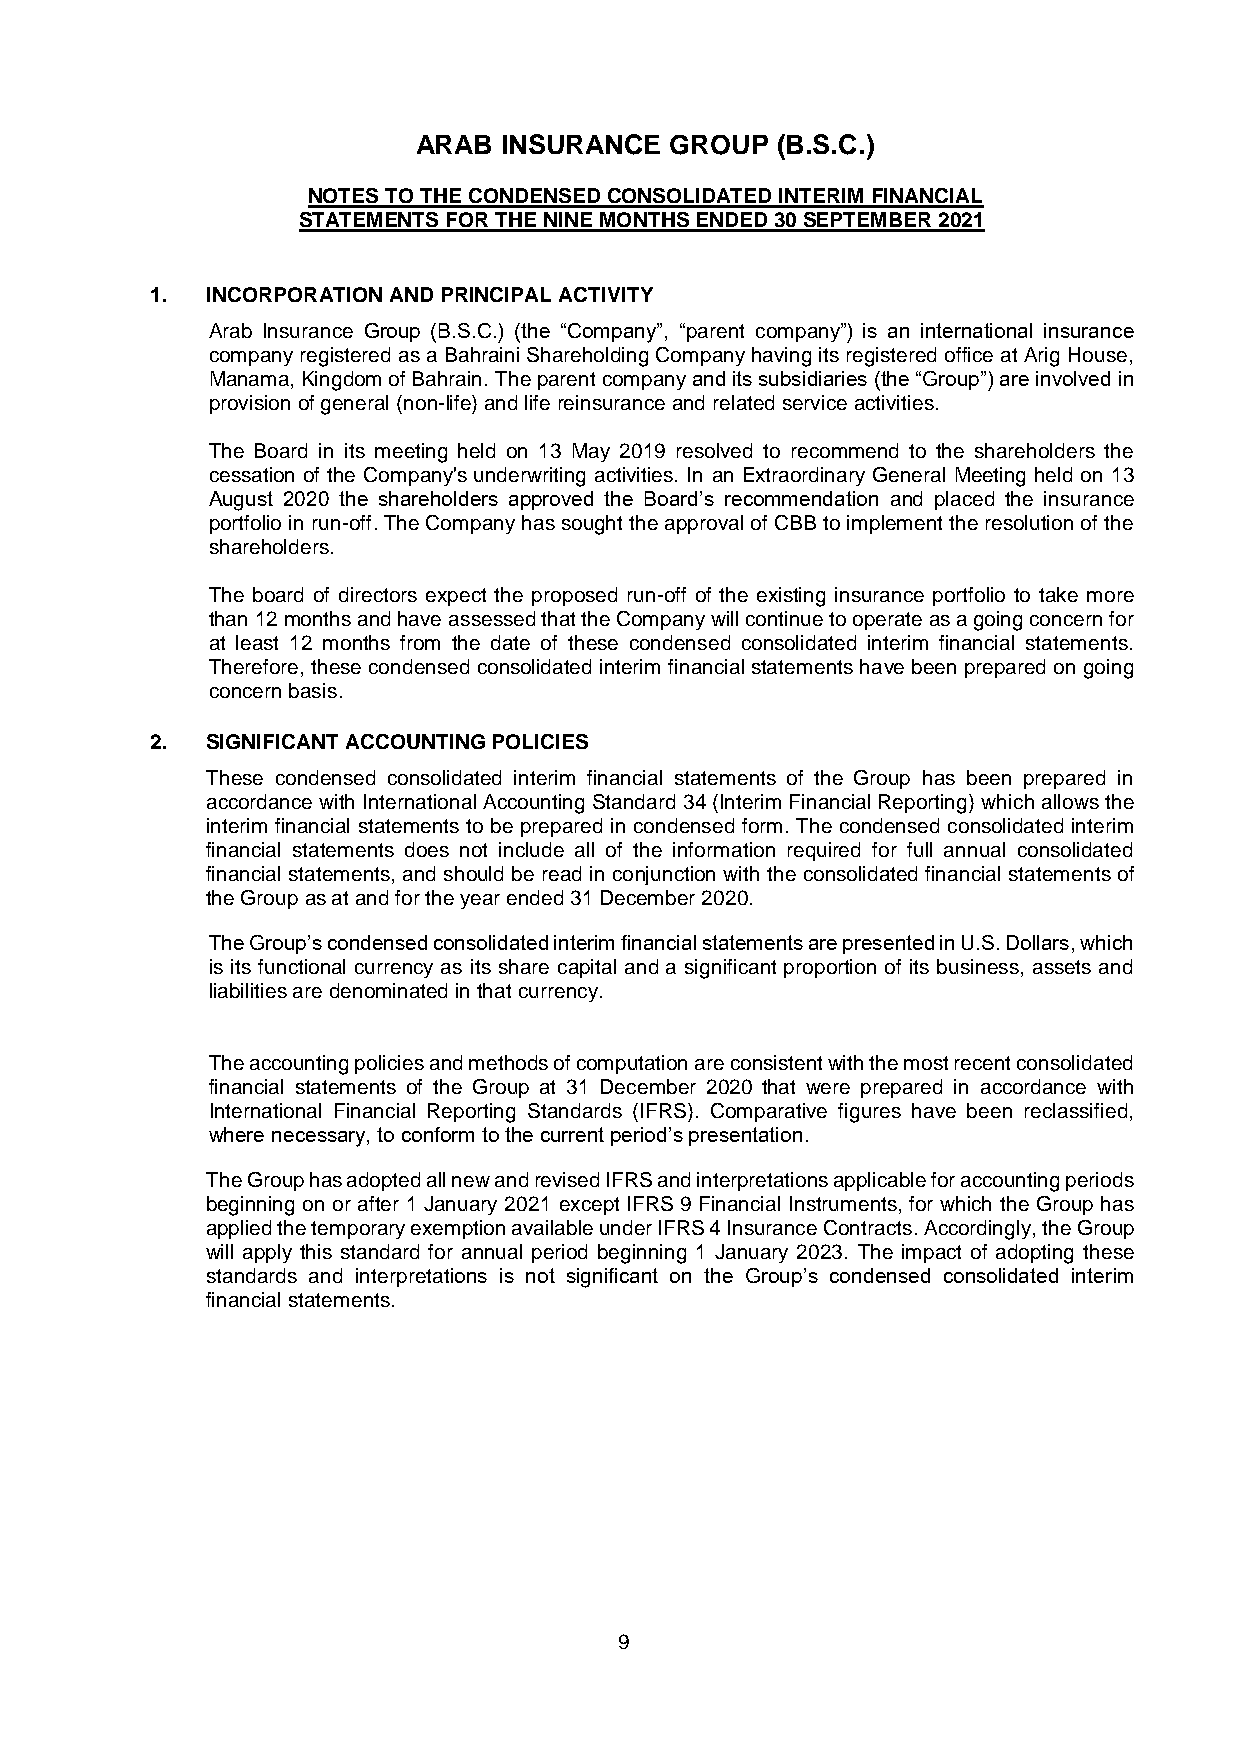
ARAB INSURANCE  GROUP  (B.S.C.)
 NOTES TO THE CONDENSED CONSOLIDATED INTERIM FINANCIAL
 STATEMENTS FOR THE NINE MONTHS ENDED 30 SEPTEMBER 2021
 1.  INCORPORATION AND PRINCIPAL ACTIVITY
 Arab Insurance Group (B.S.C.) (the “Company”, “parent company”) is an international insurance
 company registered as a Bahraini Shareholding Company having its registered office at Arig House,
 Manama, Kingdom of Bahrain. The parent company and its subsidiaries (the “Group”) are involved in
 provision of general (non-life) and life reinsurance and related service activities.
 The Board in its meeting held on 13 May 2019 resolved to recommend to the shareholders the
 cessation of the Company's underwriting activities. In an Extraordinary General Meeting held on 13
 August 2020 the shareholders approved the Board’s recommendation and placed the insurance
 portfolio in run-off. The Company has sought the approval of CBB to implement the resolution of the
 shareholders.
 The board of directors expect the proposed run-off of the existing insurance portfolio to take more
 than 12 months and have assessed that the Company will continue to operate as a going concern for
 at least 12 months from the date of these condensed consolidated interim financial statements.
 Therefore, these condensed consolidated interim financial statements have been prepared on going
 concern basis.
 2.  SIGNIFICANT ACCOUNTING POLICIES
 These condensed consolidated interim financial statements of the Group has been prepared in
 accordance with International Accounting Standard 34 (Interim Financial Reporting) which allows the
 interim financial statements to be prepared in condensed form. The condensed consolidated interim
 financial statements does not include all of the information required for full annual consolidated
 financial statements, and should be read in conjunction with the consolidated financial statements of
 the Group as at and for the year ended 31 December 2020.
 The Group’s condensed consolidated interim financial statements are presented in U.S. Dollars, which
 is its functional currency as its share capital and a significant proportion of its business, assets and
 liabilities are denominated in that currency.
 The accounting policies and methods of computation are consistent with the most recent consolidated
 financial statements of the Group at 31 December 2020 that were prepared in accordance with
 International Financial Reporting Standards (IFRS). Comparative figures have been reclassified,
 where necessary, to conform to the current period’s presentation.
 The Group has adopted all new and revised IFRS and interpretations applicable for accounting periods
 beginning on or after 1 January 2021 except IFRS 9 Financial Instruments, for which the Group has
 applied the temporary exemption available under IFRS 4 Insurance Contracts. Accordingly, the Group
 will apply this standard for annual period beginning 1 January 2023. The impact of adopting these
 standards and interpretations is not significant on the Group’s condensed consolidated interim
 financial statements.
 9